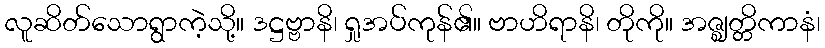
လူဆိတ်သောရွာကဲ့သို့။ ဒဋ္ဌဗ္ဗာနိ၊ ရှုအပ်ကုန်၏။ ဗာဟိရာနိ၊ တိုကို။ အဇ္ဈတ္တိကာနံ၊